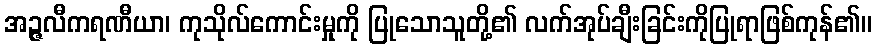
အဉ္ဇလီကရဏီယာ၊ ကုသိုလ်ကောင်းမှုကို ပြုသောသူတို့၏ လက်အုပ်ချီးခြင်းကိုပြုရာဖြစ်ကုန်၏။